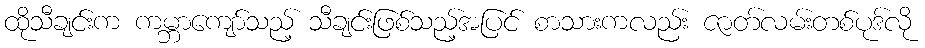
ထိုသီချင်းက ကမ္ဘာကျော်သည့် သီချင်းဖြစ်သည့်အပြင် စာသားကလည်း ဇာတ်လမ်းတစ်ပုဒ်လို